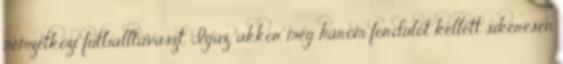
nemzetközi futballtavaszt. Igaz, akkor még három fordulót kellett sikeresen